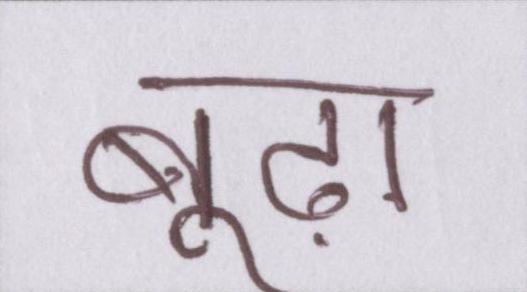
बूढ़ा